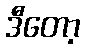
ဒီတော့